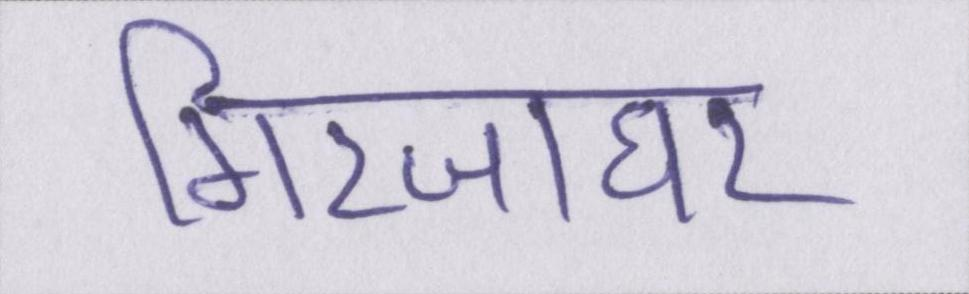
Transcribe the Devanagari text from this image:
गिरजाघर